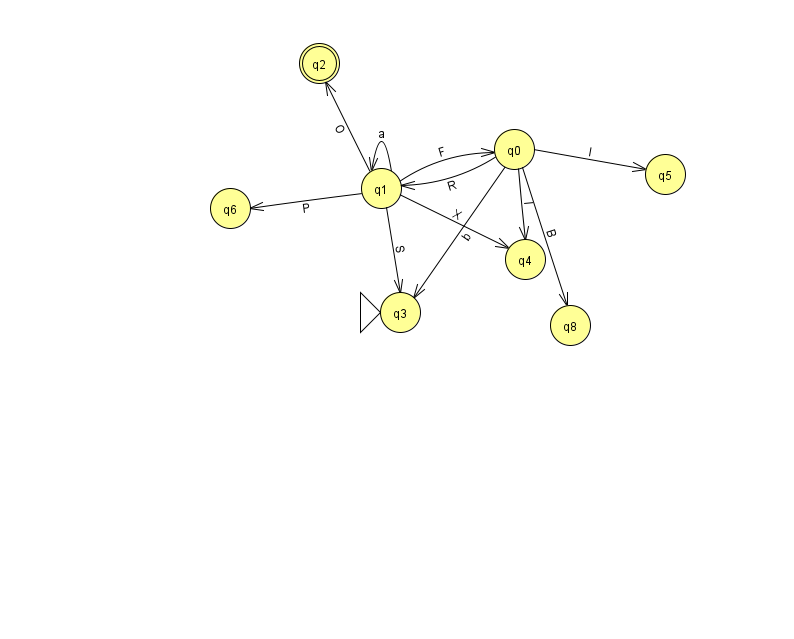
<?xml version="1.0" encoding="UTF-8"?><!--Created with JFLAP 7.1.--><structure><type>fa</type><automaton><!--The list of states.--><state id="0" name="q0"><x>514.0</x><y>136.0</y></state><state id="1" name="q1"><x>381.0</x><y>175.0</y></state><state id="2" name="q2"><x>319.0</x><y>50.0</y><final/></state><state id="3" name="q3"><x>400.0</x><y>299.0</y><initial/></state><state id="4" name="q4"><x>525.0</x><y>246.0</y></state><state id="5" name="q5"><x>665.0</x><y>161.0</y></state><state id="6" name="q6"><x>230.0</x><y>195.0</y></state><state id="8" name="q8"><x>570.0</x><y>312.0</y></state><!--The list of transitions.--><transition><from>1</from><to>2</to><read>O</read></transition><transition><from>1</from><to>1</to><read>a</read></transition><transition><from>0</from><to>5</to><read>I</read></transition><transition><from>1</from><to>3</to><read>S</read></transition><transition><from>1</from><to>6</to><read>P</read></transition><transition><from>1</from><to>4</to><read>X</read></transition><transition><from>0</from><to>1</to><read>R</read></transition><transition><from>0</from><to>3</to><read>b</read></transition><transition><from>0</from><to>4</to><read>l</read></transition><transition><from>1</from><to>0</to><read>F</read></transition><transition><from>0</from><to>8</to><read>B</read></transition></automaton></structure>